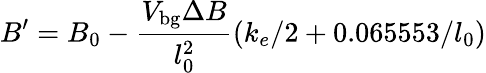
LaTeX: B^{\prime}=B_{0}-\frac{V_{\mathrm{bg}}\Delta B}{l_{0}^{2}}(k_{e}/2+0.065553/l_{0})